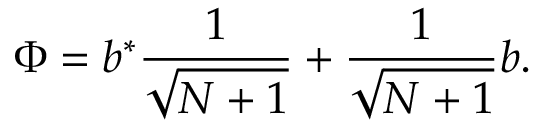
\Phi = b ^ { * } \frac { 1 } { \sqrt { N + 1 } } + \frac { 1 } { \sqrt { N + 1 } } b .